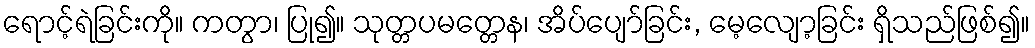
ရောင့်ရဲခြင်းကို။ ကတွာ၊ ပြု၍။ သုတ္တပမတ္တေန၊ အိပ်ပျော်ခြင်း, မေ့လျော့ခြင်း ရှိသည်ဖြစ်၍။